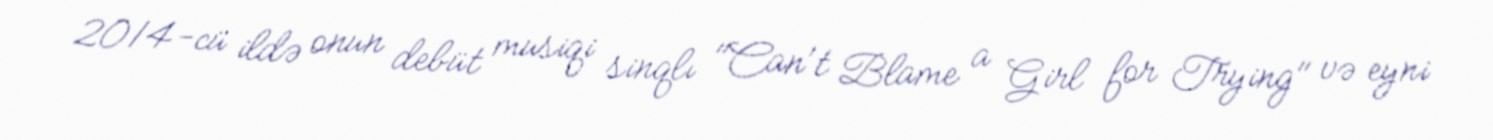
2014-cü ildə onun debüt musiqi sinqlı "Can't Blame a Girl for Trying" və eyni